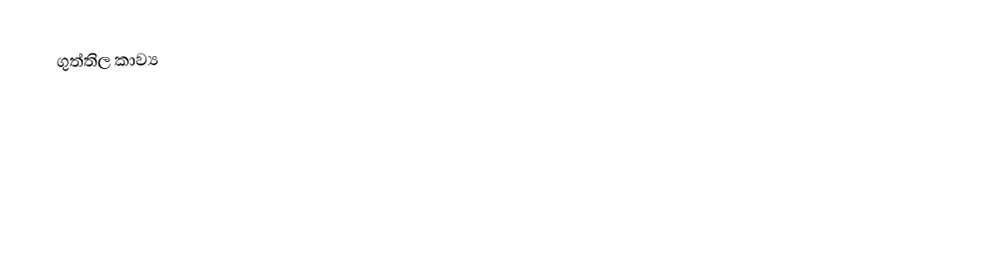
ගුත්තිල කාව්‍ය